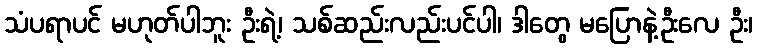
သံပရာပင် မဟုတ်ပါဘူး ဦးရဲ့၊ သစ်ဆည်းလည်းပင်ပါ၊ ဒါတွေ မပြောနဲ့ဦးလေ ဦး၊